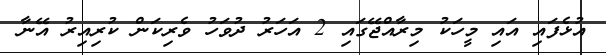
އުޅެފައި އައި މީހަކު މިރާއްޖޭގައި 2 އަހަރު ދުވަހު ވެރިކަން ކުރިއިރު އޭނާ